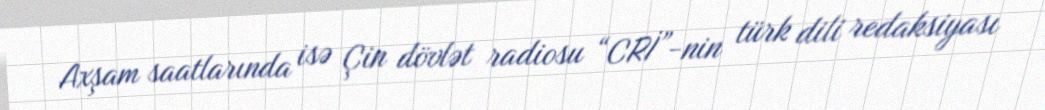
Axşam saatlarında isə Çin dövlət radiosu “CRİ”-nin türk dili redaksiyası